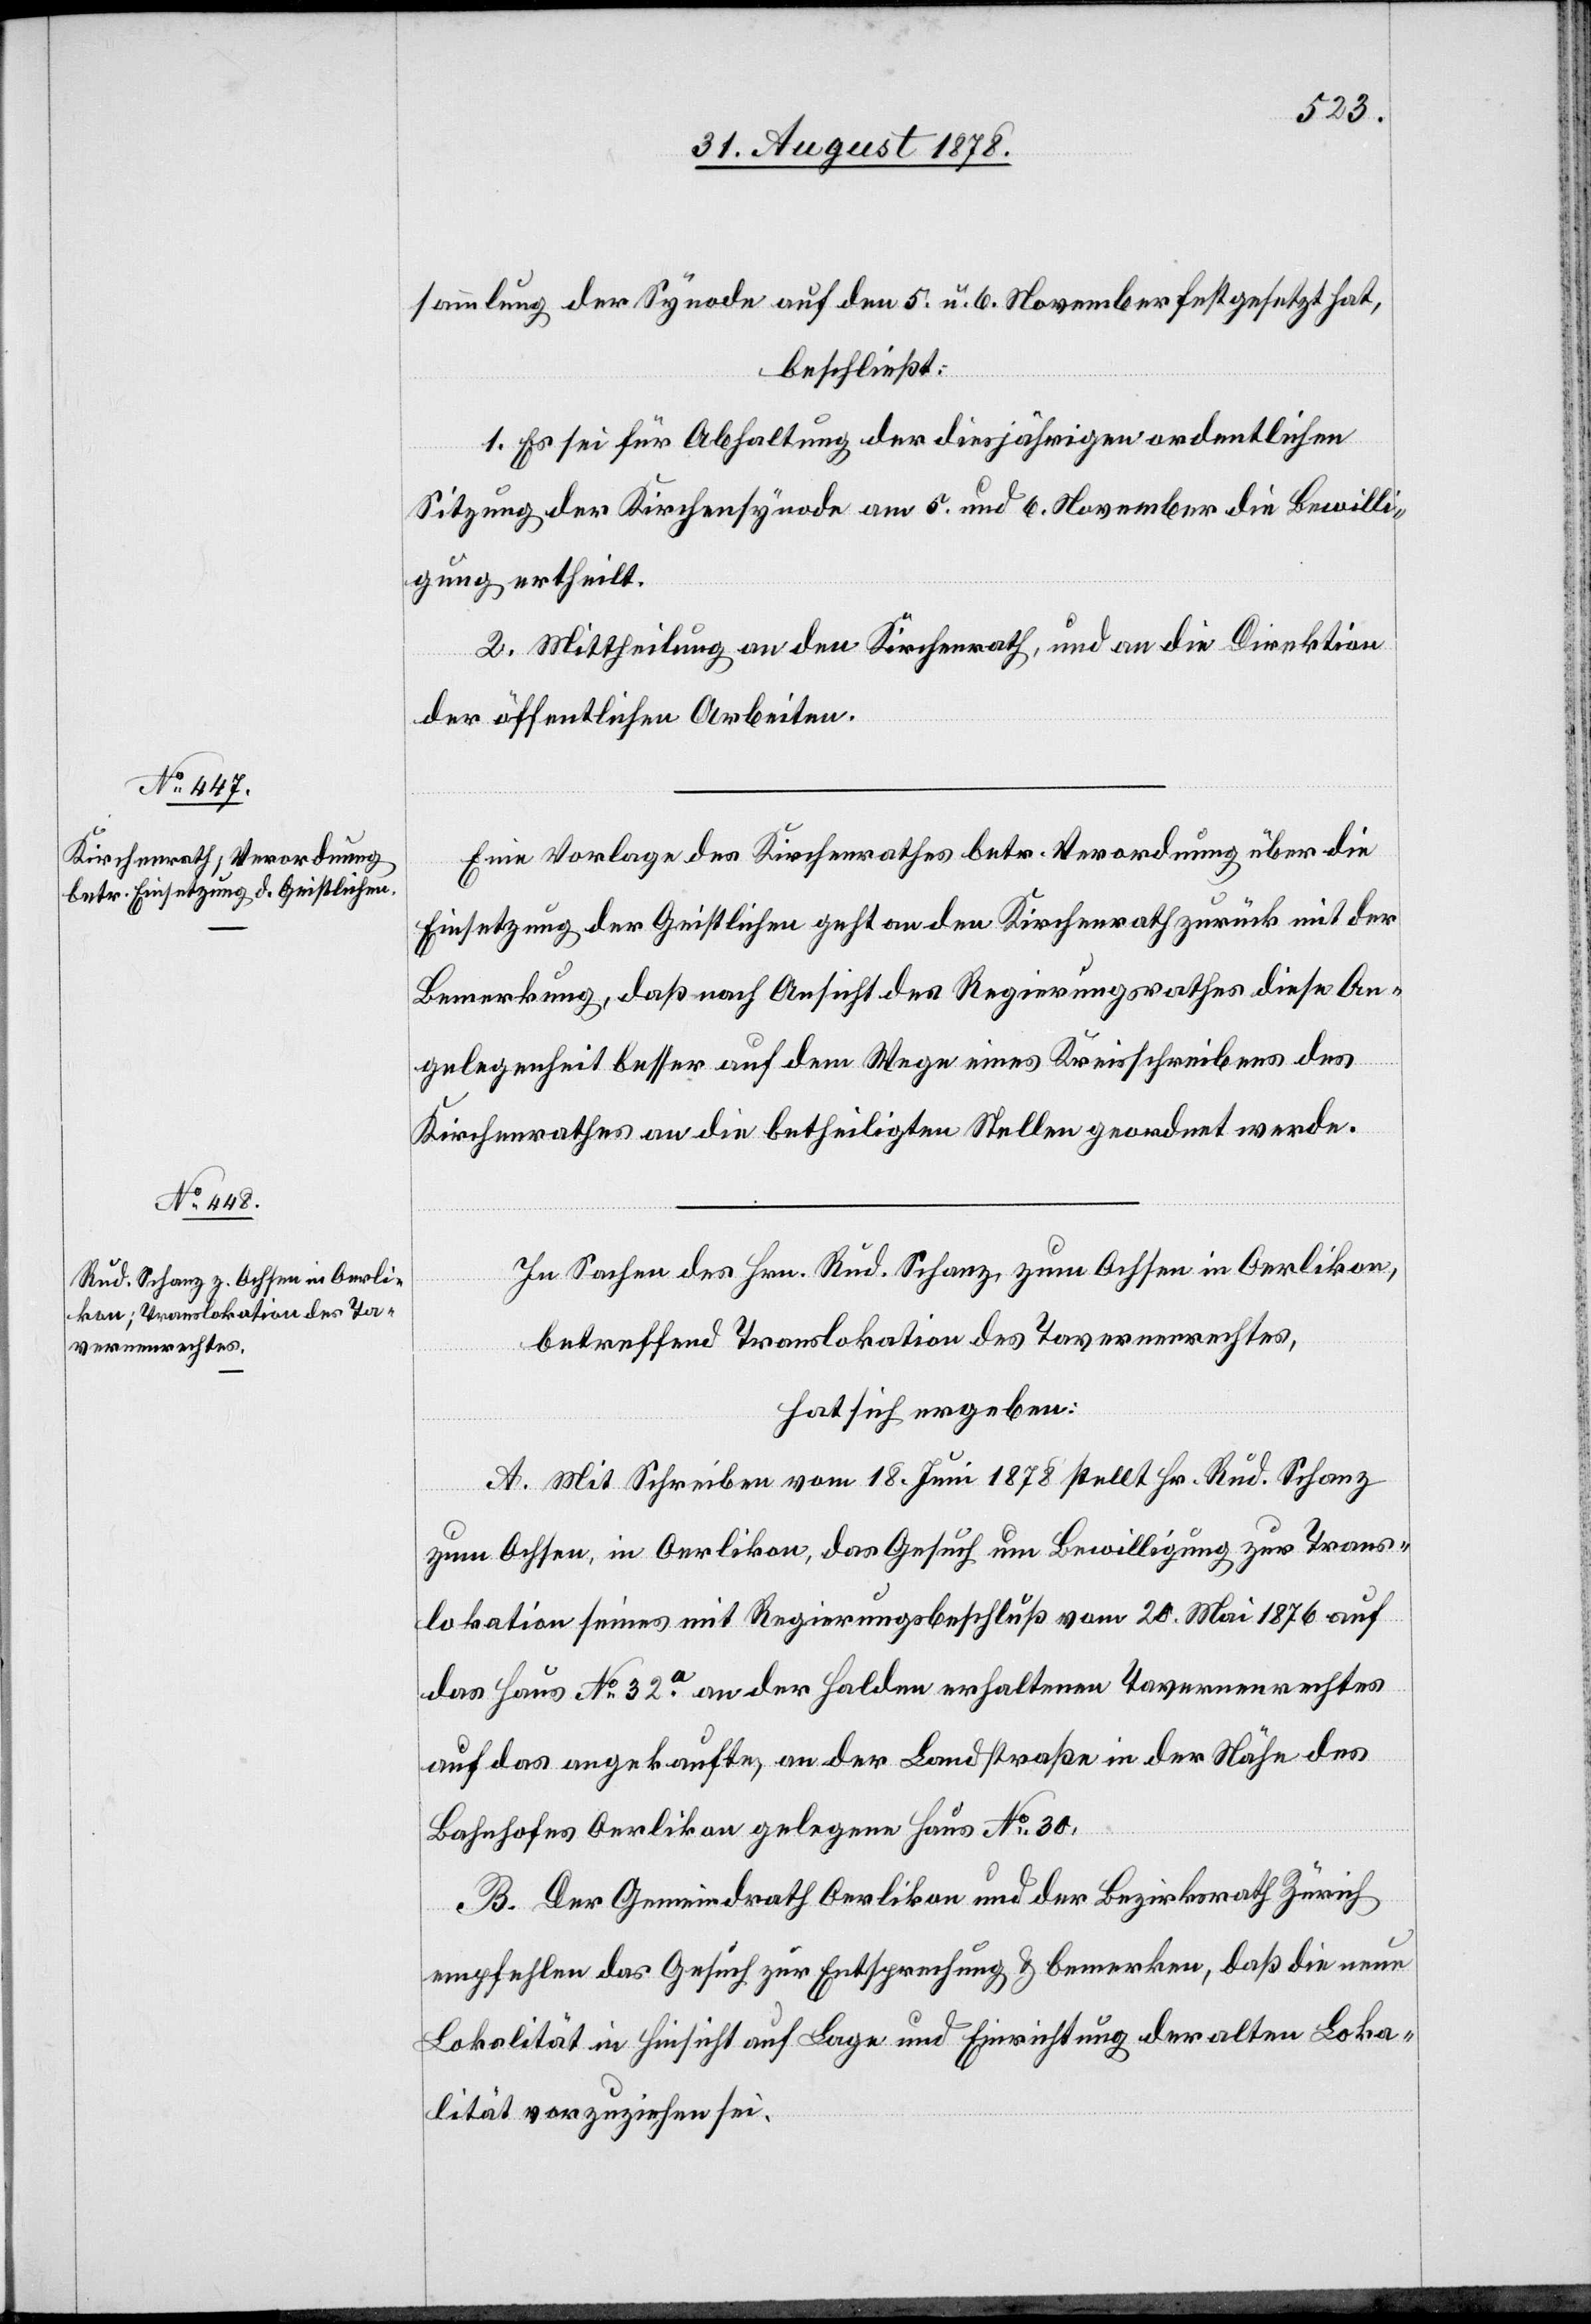
sammlung der Synode auf den 5. u. 6. November festgesetzt hat,
beschließt:
1. Es sei für Abhaltung der diesjährigen ordentlichen
Sitzung der Kirchensynode am 5. und 6. November die Bewilli¬
gung ertheilt.
2. Mittheilung an den Kirchenrath, und an die Direktion
der öffentlichen Arbeiten.
Eine Vorlage des Kirchenrathes betr. Verordnung über die
Einsetzung der Geistlichen geht an den Kirchenrath zurück mit der
Bemerkung, daß nach Ansicht des Regierungsrathes diese An¬
gelegenheit besser auf dem Wege eines Kreisschreibens des
Kirchenrathes an die betheiligten Stellen geordnet werde.
In Sachen des Hrn. Rud. Schanz, zum Ochsen in Oerlikon,
betreffend Translokation des Tavernenrechtes,
hat sich ergeben:
A. Mit Schreiben vom 18. Juni 1878 stellt Hr. Rud. Schanz
zum Ochsen, in Oerlikon, das Gesuch um Bewilligung zur Trans¬
lokation seines mit Regierungsbeschluß vom 20. Mai 1876 auf
das Haus No 32a an den Halden erhaltenen Tavernenrechtes
auf das angekaufte, an der Landstraße in der Nähe des
Bahnhofes Oerlikon gelegene Haus No 30.
B. Der Gemeindrath Oerlikon und der Bezirksrath Zürich
empfehlen das Gesuch zur Entsprechung & bemerken, daß die neue
Lokalität in Hinsicht auf Lage und Einrichtung der alten Loka¬
lität vorzuziehen sei.